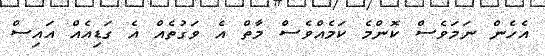
އެހެން ނަމަވެސް ކޮންމެ ކަމެއްވެސް މާތް އެ ވަގުތެއް އެ ގަޑިއެއް އައިސް